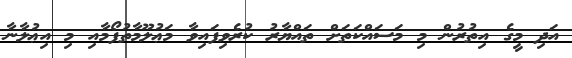
އަދި މީގެ އިތުރުން މި މަސައްކަތަށް ތައްޔާރު ކުރެވިފައިވާ މަޢުލޫމާތުފޯމާއި މި އިޢުލާނާ